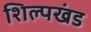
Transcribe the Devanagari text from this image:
शिल्पखंड